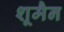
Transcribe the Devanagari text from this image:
शूमैन